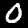
Label: 0